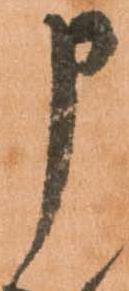
申